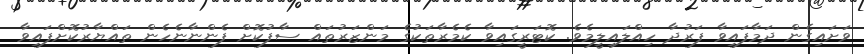
ވަށައިގެން ދަމާފައިވާ ފަރުދާ ހިއްލައިލީމެވެ. ކޮޓަރީގައިވާ ކެމެރާތަކުގެ މަންޒަރުތައް ސާފުކޮށް ފެންނާނެހެން ތައްޔާރުކޮށްފައިވާ